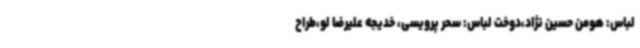
لباس: هومن حسین نژاد،دوخت لباس: سحر پرویسی، خدیجه علیرضا لو،طراح